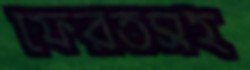
ফেরতসহ